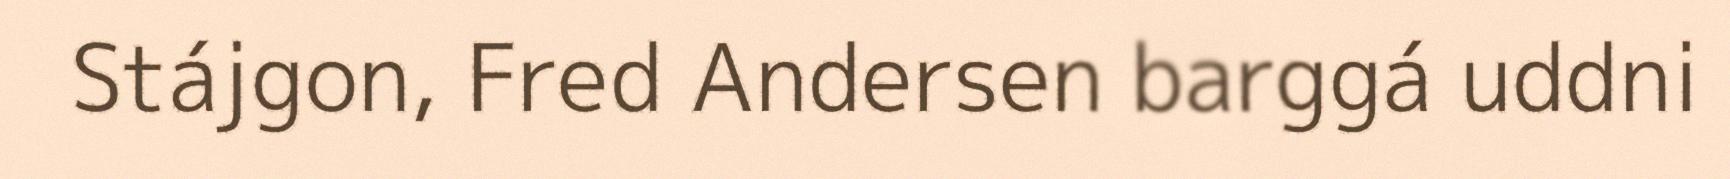
Stájgon, Fred Andersen barggá uddni